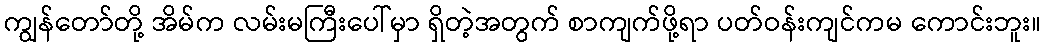
ကျွန်တော်တို့ အိမ်က လမ်းမကြီးပေါ်မှာ ရှိတဲ့အတွက် စာကျက်ဖို့ရာ ပတ်ဝန်းကျင်ကမ ကောင်းဘူး။